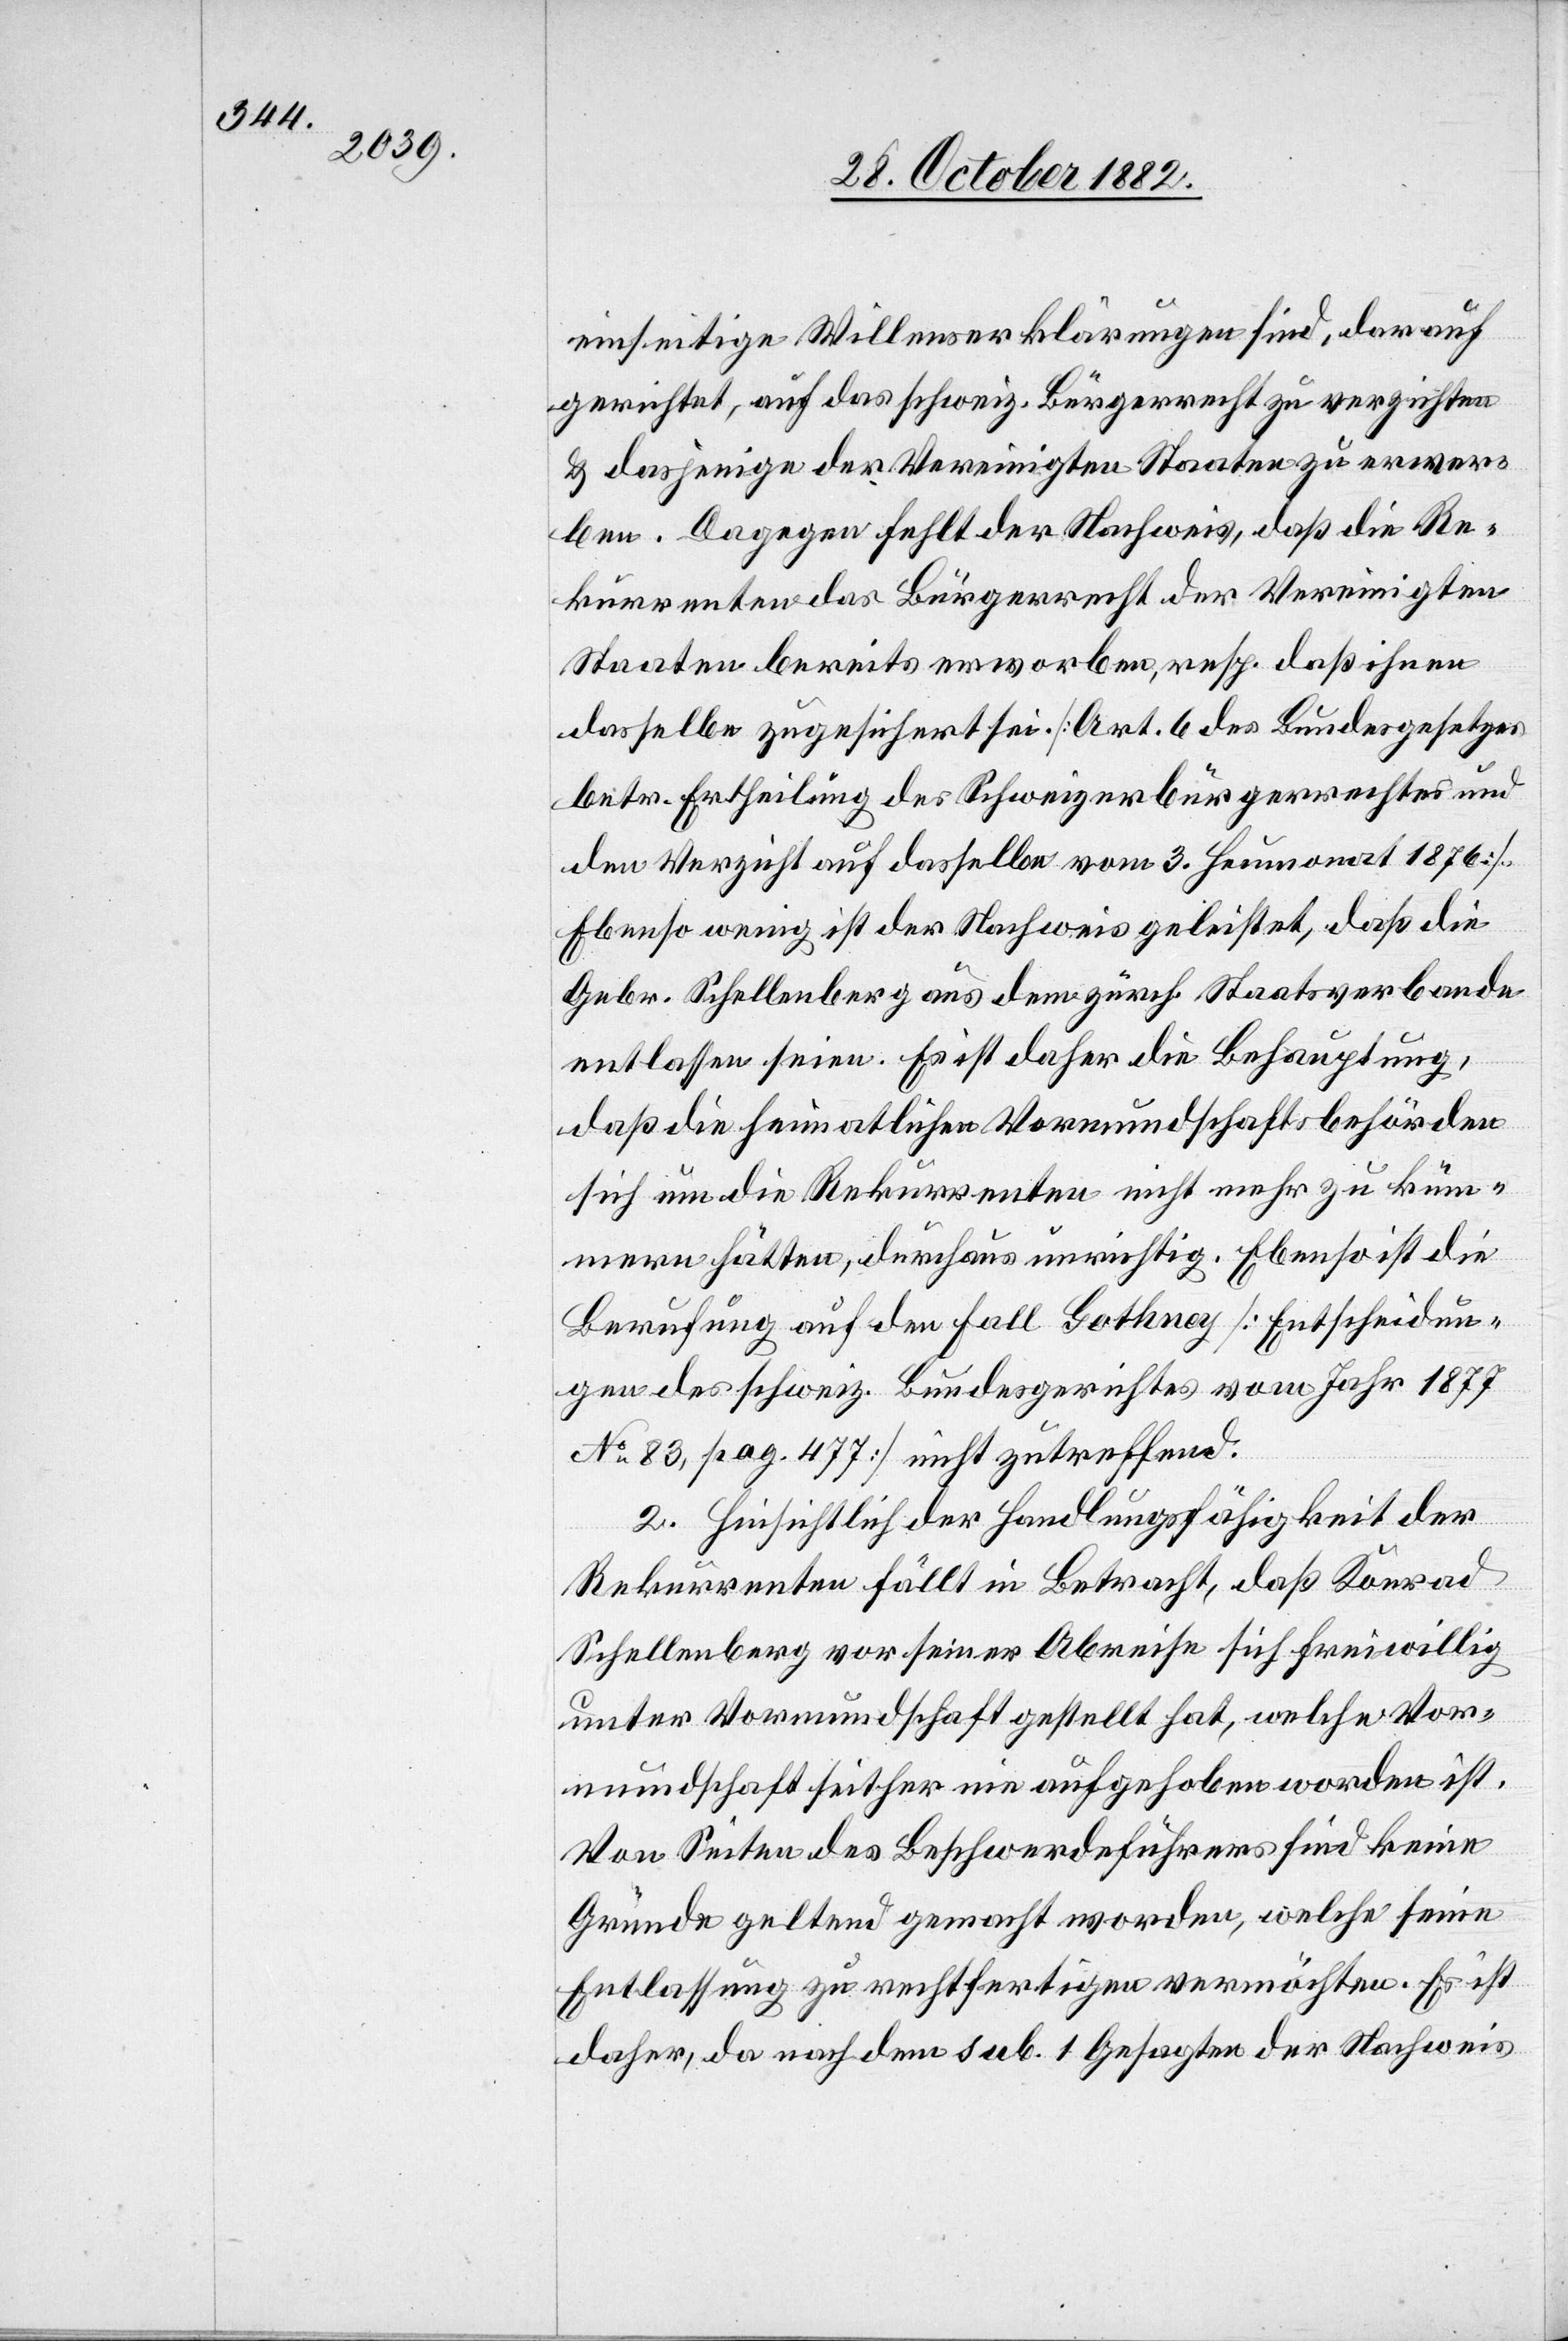
einseitige Willenserklärungen sind, darauf
gerichtet, auf das schweiz. Bürgerrecht zu verzichten
& dasjenige der Vereinigten Staaten zu erwer¬
ben. Dagegen fehlt der Nachweis, daß die Re¬
kurrenten das Bürgerrecht der Vereinigten
Staaten bereits erworben, resp. daß ihnen
dasselbe zugesichert sei. [Art. 6 des Bundesgesetzes
betr. Ertheilung des Schweizerbürgerrechtes und
den Verzicht auf dasselbe vom 3. Heumonat 1876].
Ebenso wenig ist der Nachweis geleistet, daß die
Gebr. Schellenberg aus dem zürch. Staatsverbande
entlassen seien. Es ist daher die Behauptung,
daß die heimatlichen Vormundschaftsbehörden
sich um die Rekurrenten nicht mehr zu küm¬
mern hätten, durchaus unrichtig. Ebenso ist die
Berufung auf den Fall Gothney [Entscheidun¬
gen des schweiz. Bundesgerichtes vom Jahr 1877
No 83, pag. 477] nicht zutreffend.
2. Hinsichtlich der Handlungsfähigkeit der
Rekurrenten fällt in Betracht, daß Konrad
Schellenberg vor seiner Abreise sich freiwillig
unter Vormundschaft gestellt hat, welche Vor¬
mundschaft seither nie aufgehoben worden ist.
Von Seiten des Beschwerdeführers sind keine
Gründe geltend gemacht worden, welche seine
Entlassung zu rechtfertigen vermöchten. Es ist
daher, da nach dem sub. 1 Gesagten der Nachweis